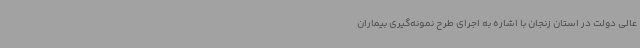
عالی دولت در استان زنجان با اشاره به اجرای طرح نمونه‌گیری بیماران